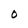
Character: O